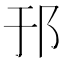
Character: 邘